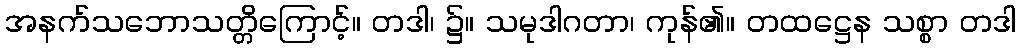
အနက်သဘောသတ္တိကြောင့်။ တဒါ၊ ၌။ သမုဒါဂတာ၊ ကုန်၏။ တထဋ္ဌေန သစ္စာ တဒါ